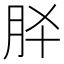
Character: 𮶕